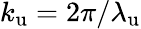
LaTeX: {k_{\mathrm{u}}}=2\pi/{\lambda_{\mathrm{u}}}